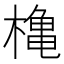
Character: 𪳥